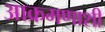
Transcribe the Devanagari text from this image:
आक्रमणाशी